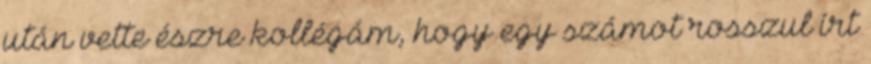
után vette észre kollégám, hogy egy számot rosszul írt